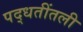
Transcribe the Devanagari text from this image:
पद्धतींतली